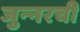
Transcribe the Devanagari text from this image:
जुन्‍नरची